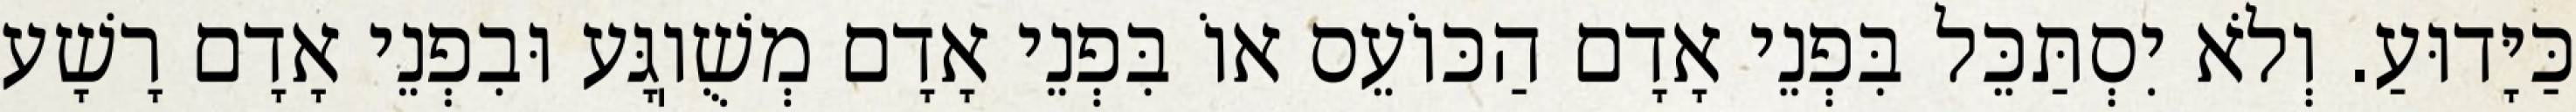
כַּיָּדוּעַ. וְלֹא יִסְתַּכֵּל בִּפְנֵי אָדָם הַכּוֹעֵס אוֹ בִּפְנֵי אָדָם מְשֻׁוֽגָּע וּבִפְנֵי אָדָם רָשָׁע